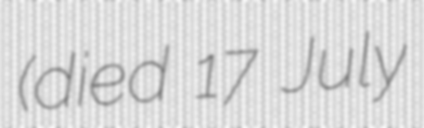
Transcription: (died 17 July